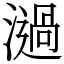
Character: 濄